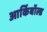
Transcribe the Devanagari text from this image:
आर्किबॉल्ड